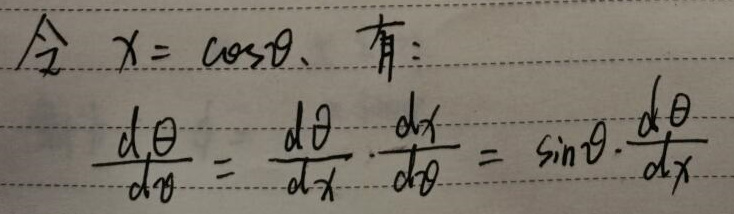
令 \(x = \cos\theta\)，有：

\[
\frac{d\theta}{d x}=\frac{d\theta}{d x}\cdot\frac{d x}{d\theta}=\sin\theta\cdot\frac{d\theta}{d x}
\]